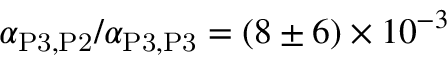
\alpha _ { \mathrm { P 3 } , \mathrm { P 2 } } / \alpha _ { \mathrm { P 3 } , \mathrm { P 3 } } = ( 8 \pm 6 ) \times 1 0 ^ { - 3 }